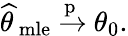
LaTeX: {\widehat{\theta\, }}_{\mathrm{mle}}\ {\xrightarrow{\mathrm{p}}}\ \theta_{0}.